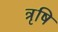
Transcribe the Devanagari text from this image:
त्रृषि